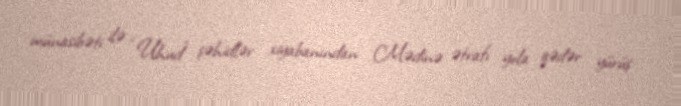
münasibəti ilə “Uhud” şəhidlər xiyabanından Mədinə ətrafı yola qədər yürüş